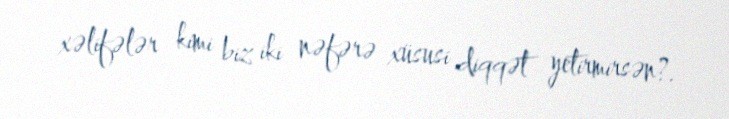
xəlifələr kimi biz iki nəfərə xüsusi diqqət yetirmirsən?.